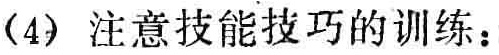
(4) 注意技能技巧的训练：